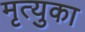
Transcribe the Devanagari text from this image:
मृत्युका